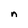
Character: n